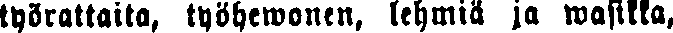
työrattaita, työhewonen, lehmiä, ja wasikka,